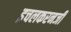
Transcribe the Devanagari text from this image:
इचलकरनजी